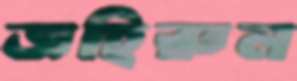
জহিরুল